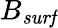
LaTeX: B_{\mathit{surf}}